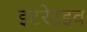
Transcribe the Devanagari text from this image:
इटरेटइव